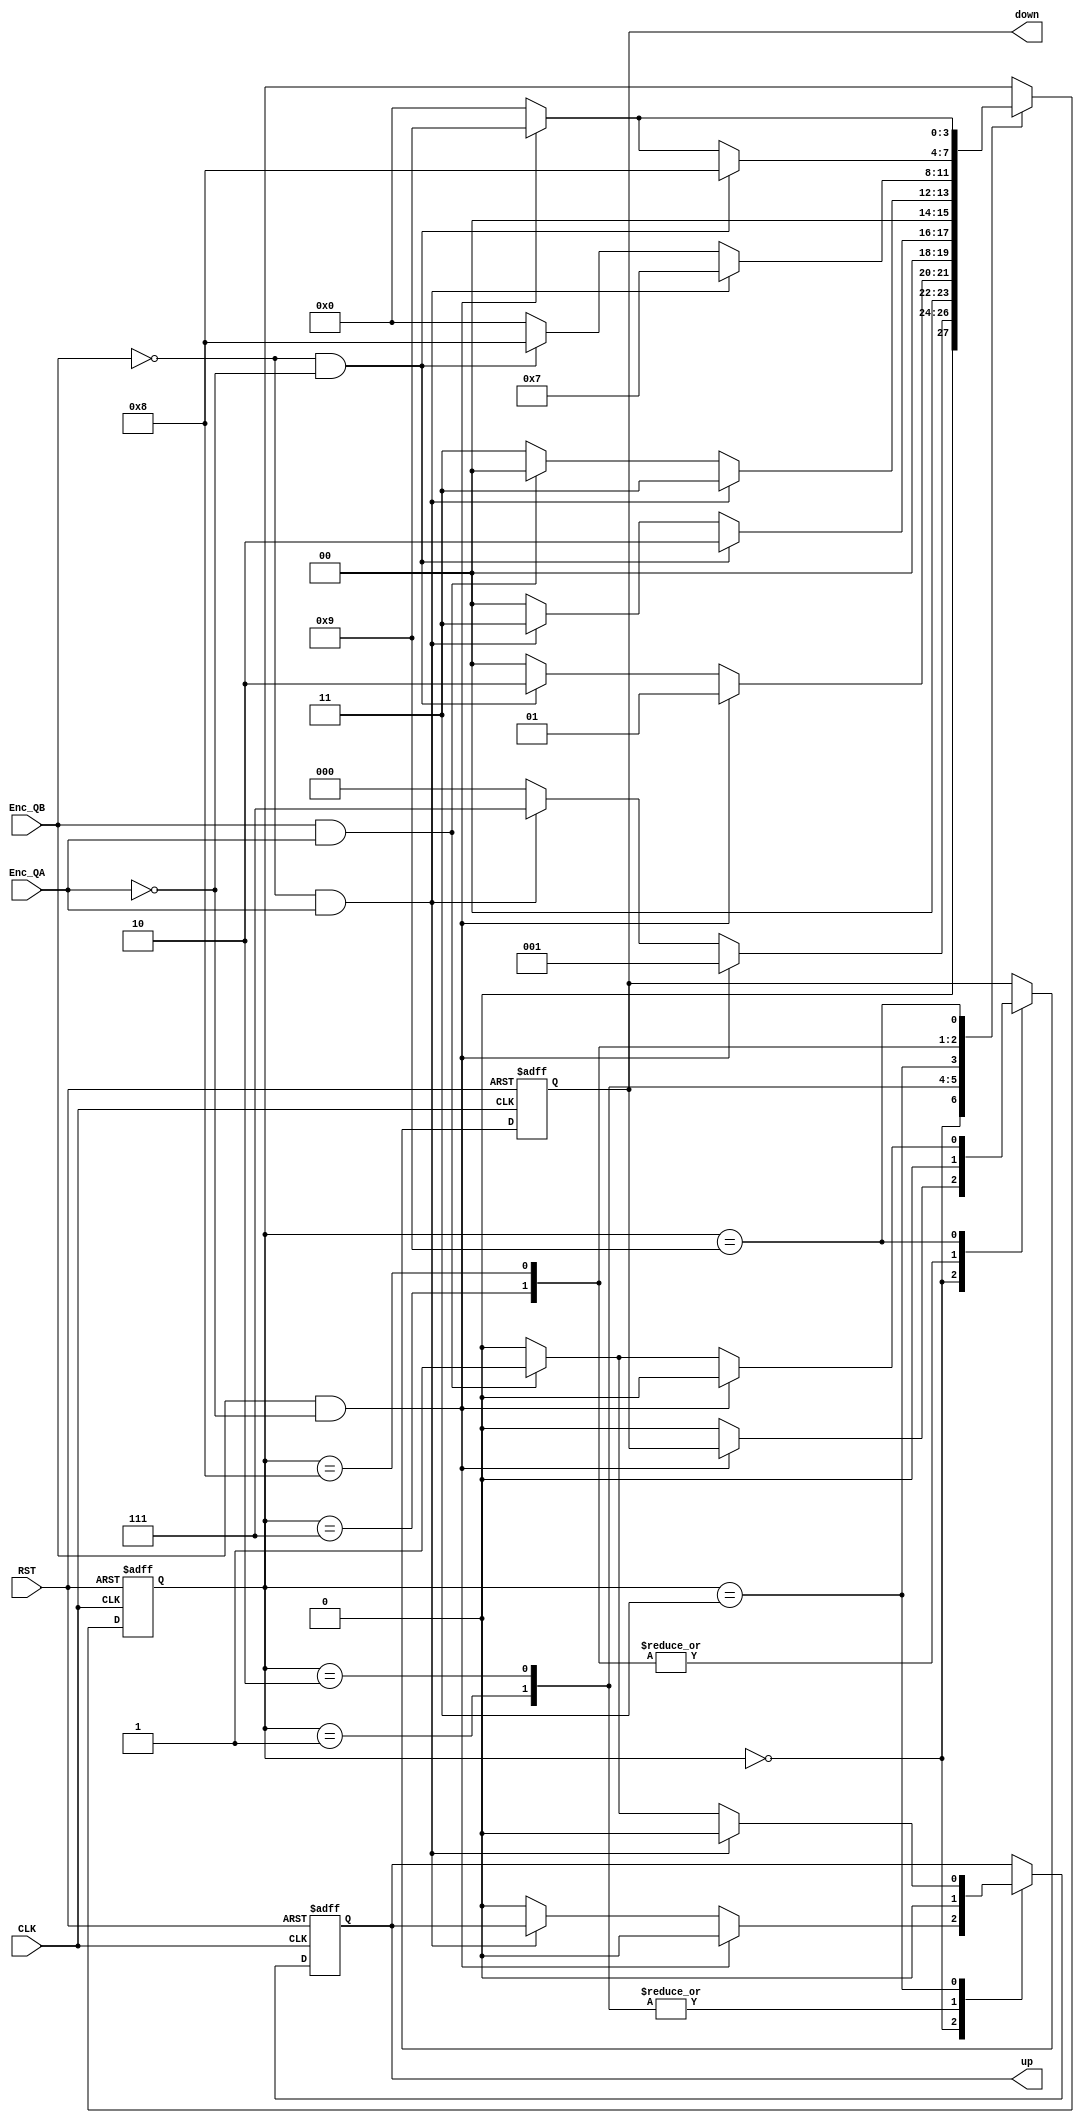
module decoder_up_down
(
  input wire CLK, // CLK 75MHz
  input wire RST, // Active high reset

  input wire        Enc_QA, 
  input wire        Enc_QB,
	
  output reg up,
  output reg down
);
reg [3:0] state;
localparam IDLE    = 4'b0000;
localparam T1    = 4'b0001;
localparam T2    = 4'b0010;
localparam T3    = 4'b0011;


localparam CT1  = 4'b0111;
localparam CT2  = 4'b1000;
localparam CT3  = 4'b1001;



wire condi_IDLE_T1= (Enc_QB && !Enc_QA);
wire condi_T1_T2 = (!Enc_QB && !Enc_QA);
wire condi_T2_T3 = (!Enc_QB && Enc_QA);
wire condi_T3_T4 = (Enc_QB && Enc_QA);

wire condi_IDLE_CT1 = (!Enc_QB && Enc_QA);
wire condi_CT1_CT2 = (!Enc_QB && !Enc_QA);
wire condi_CT2_CT3 = (Enc_QB && !Enc_QA);
wire condi_CT3_CT4 = (Enc_QB && Enc_QA);

always @ (posedge(CLK) or posedge(RST)) begin
      if(RST) begin 
		up <= 0;
       		down <= 0;
        	state <= IDLE;

	end else begin
      case (state)
        IDLE: begin
	   if(condi_IDLE_T1) begin        //clockwise direction
		state <= T1;
		up <= 0; 
	   end
	   else if(condi_IDLE_CT1) begin   //counter clockwise direction
		state <= CT1;
		down <= 0; 
	   end
	   else begin
		up <= 0; 
      	   	down <= 0;
          	state <= IDLE;
	   end
        end
	T1: begin
		 if(condi_IDLE_T1) begin        //clockwise direction
			state <= T1;
			up <= 0; 
	   	end
		 else if(condi_T1_T2) begin        //clockwise direction
			state <= T2;
			up <= 0; 
	   	end
		else begin 
			state<=IDLE;
			up <= 0; 
		end
	end
	T2: begin
		 if(condi_T1_T2) begin        //clockwise direction
			state <= T2;
			up <= 0; 
	   	end
		else if(condi_T2_T3) begin        //clockwise direction
			state <= T3;
			up <= 0; 
	   	end
		else begin 
			state<=IDLE;
			up <= 0; 
		end
	end
	
	T3: begin
		if(condi_T2_T3) begin        //clockwise direction
			state <= T3;
			up <= 0; 
	   	end
		else if(condi_T3_T4) begin        //clockwise direction
			up<=1;
			state<=IDLE;
	   	end
		else begin 
			state<=T3;
			up <= 0; 
		end
	end
	
	CT1: begin
		if(condi_IDLE_CT1) begin   //counter clockwise direction
		state <= CT1; 
		down <= 0;
	   	end
		else if(condi_CT1_CT2) begin        //counter-clockwise direction
			state <= CT2;
			down <= 0;
	   	end
		else begin 
			state<=IDLE;
			down <= 0;
		end
	end
	CT2: begin
		if(condi_CT1_CT2) begin        //counter-clockwise direction
			state <= CT2;
			down <= 0;
	   	end
		else if(condi_CT2_CT3) begin        //counter-clockwise direction
			state <= CT3;
			down <= 0;
	   	end
		else begin 
			state<=IDLE;
			down <= 0;  
		end
	end
	
	CT3: begin
		if(condi_CT2_CT3) begin        //counter-clockwise direction
			state <= CT3;
			down <= 0;
	   	end
		else if(condi_CT3_CT4) begin        //counter-clockwise direction
			down<=1;
			state<=IDLE;
	   	end
		else begin 
			state<=IDLE;
			down <= 0;
		end
	end
	
endcase
end
end
endmodule